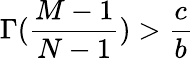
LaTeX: \Gamma(\frac{M-1}{N-1})>\frac{c}{b}